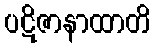
ပဋိဇာနာထာတိ